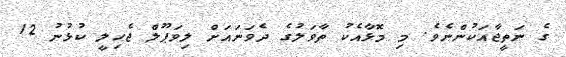
ގެ ނަތީޖާއަކުންނެވެ. މި މޮޅާއެކު ތާވަލުގެ ދެވަނައަށް ލިވަޕޫލް ޖެހިލީ ކުޅުނު 12